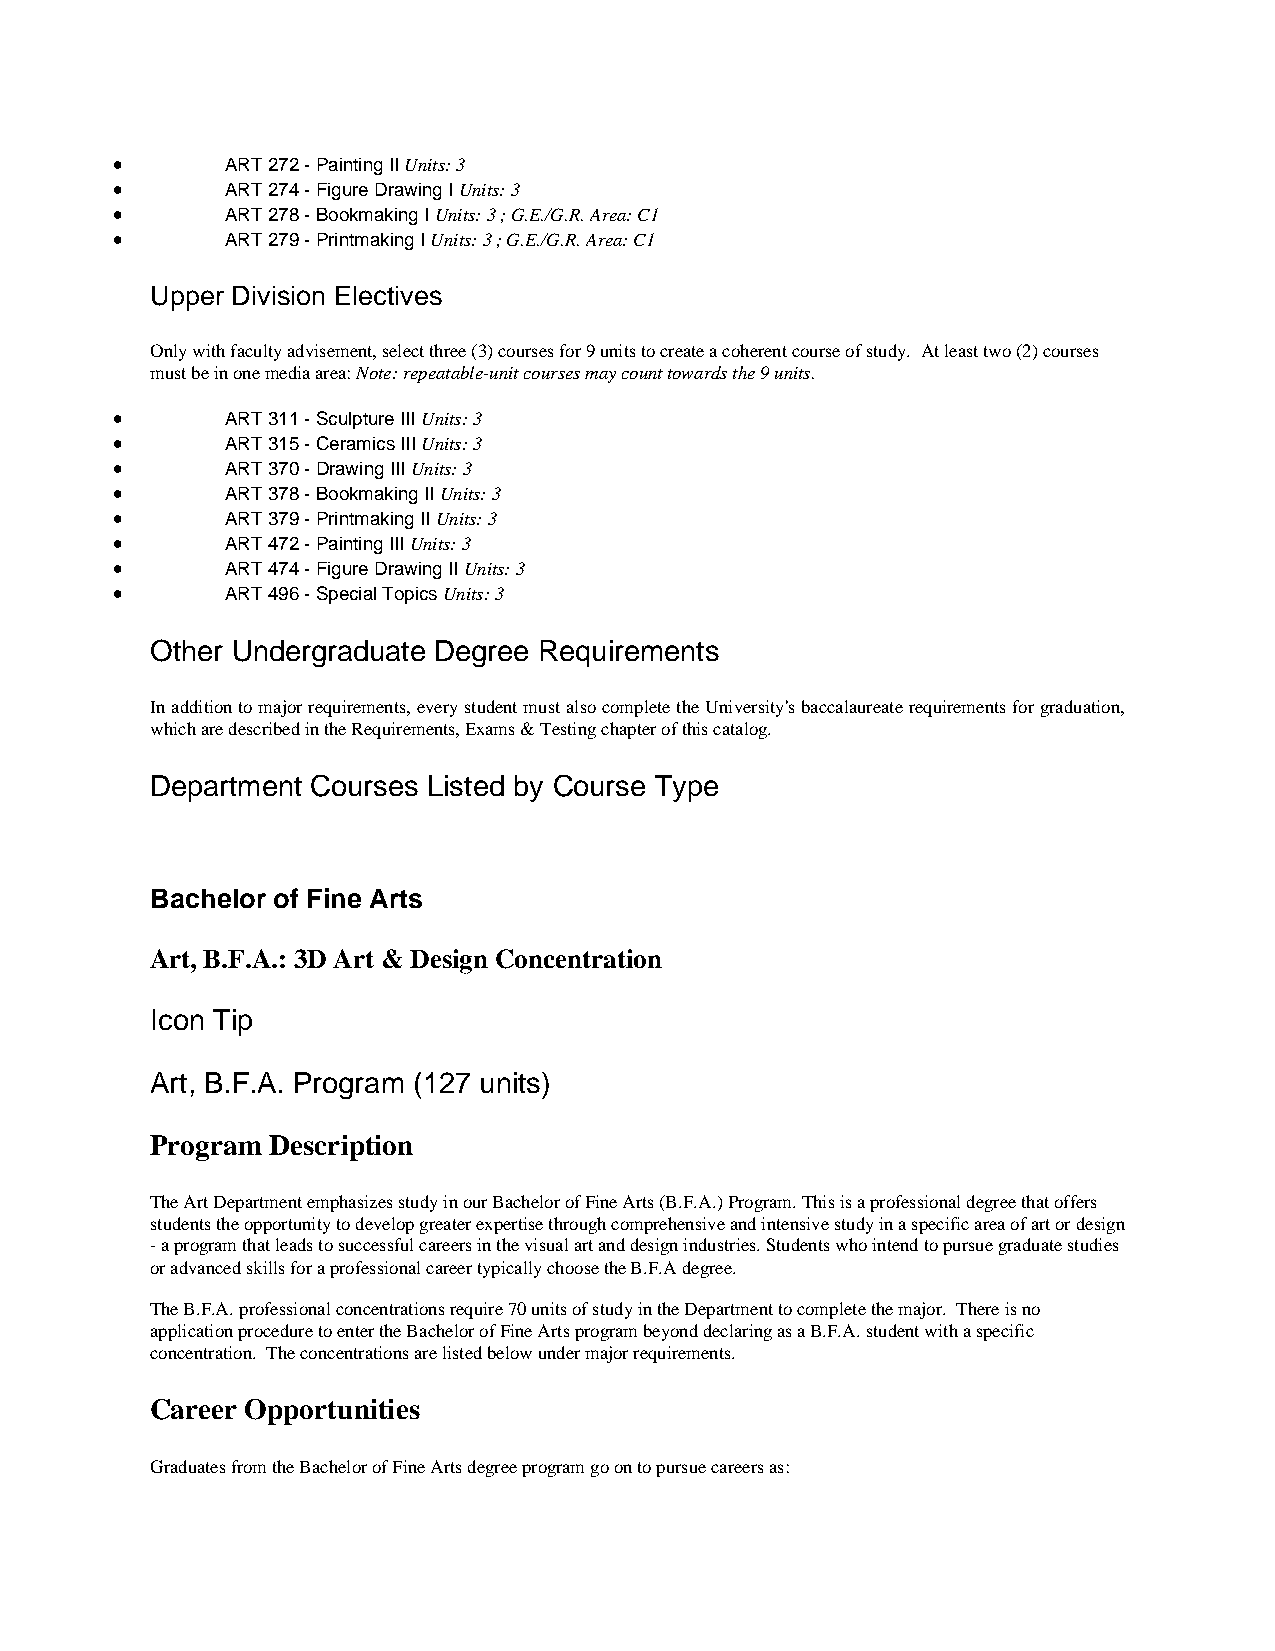
•       ART 272 - Painting II Units: 3
 •       ART 274 - Figure Drawing I Units: 3
 •       ART 278 - Bookmaking I Units: 3 ; G.E./G.R. Area: C1
 •       ART 279 - Printmaking I Units: 3 ; G.E./G.R. Area: C1
 Upper Division Electives
 Only with faculty advisement, select three (3) courses for 9 units to create a coherent course of study. At least two (2) courses
 must be in one media area: Note: repeatable-unit courses may count towards the 9 units.
 •       ART 311 - Sculpture III Units: 3
 •       ART 315 - Ceramics III Units: 3
 •       ART 370 - Drawing III Units: 3
 •       ART 378 - Bookmaking II Units: 3
 •       ART 379 - Printmaking II Units: 3
 •       ART 472 - Painting III Units: 3
 •       ART 474 - Figure Drawing II Units: 3
 •       ART 496 - Special Topics Units: 3
 Other Undergraduate Degree Requirements
 In addition to major requirements, every student must also complete the University's baccalaureate requirements for graduation,
 which are described in the Requirements, Exams & Testing chapter of this catalog.
 Department Courses Listed by Course Type
 Bachelor of Fine Arts
 Art, B.F.A.: 3D Art & Design Concentration
 Icon Tip
 Art, B.F.A. Program (127 units)
 Program Description
 The Art Department emphasizes study in our Bachelor of Fine Arts (B.F.A.) Program. This is a professional degree that offers
 students the opportunity to develop greater expertise through comprehensive and intensive study in a specific area of art or design
 - a program that leads to successful careers in the visual art and design industries. Students who intend to pursue graduate studies
 or advanced skills for a professional career typically choose the B.F.A degree.
 The B.F.A. professional concentrations require 70 units of study in the Department to complete the major. There is no
 application procedure to enter the Bachelor of Fine Arts program beyond declaring as a B.F.A. student with a specific
 concentration. The concentrations are listed below under major requirements.
 Career Opportunities
 Graduates from the Bachelor of Fine Arts degree program go on to pursue careers as: